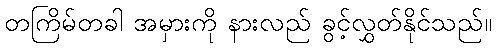
တကြိမ်တခါ အမှားကို နားလည် ခွင့်လွှတ်နိုင်သည်။